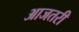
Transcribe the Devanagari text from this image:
आजतरी